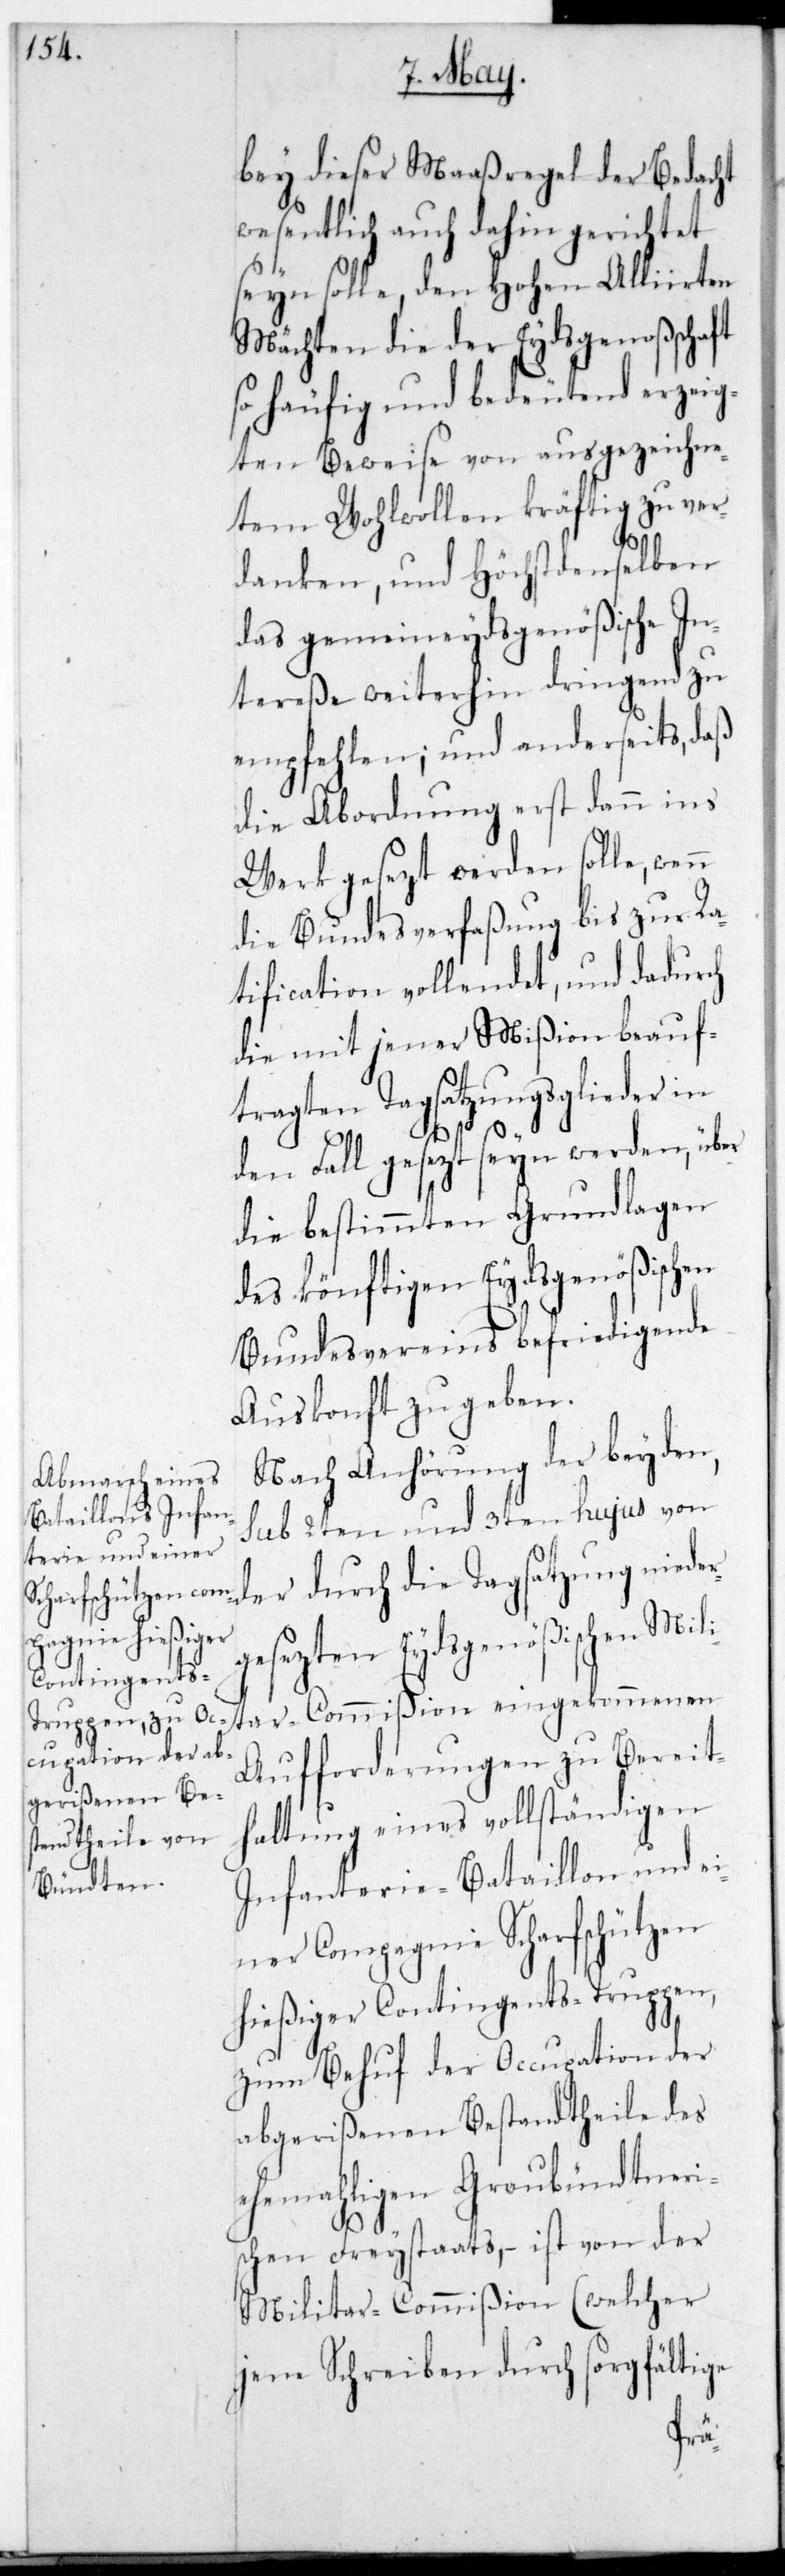
bey dieser Maaßregel der Bedacht
wesentlich auch dahin gerichtet
sein solle, den Hohen Alliirten
Mächten die der Eydsgenoßenschaft
so häufig und bedeutend erzeig¬
ten Beweise von ausgezeichne¬
tem Wohlwollen kräftig zu ver¬
danken, und Höchstdenselben
das gemeineydsgenößische In¬
tereße weiterhin dringend zu
empfehlen; und anderseits daß
die Abordnung erst dann ins
Werk gesezt werden solle, wen¬
die Bundesverfaßung bis zur Ra¬
tification vollendet, und dadurch
die mit jener Mißion beauf¬
tragten Tagsatzungsglieder in
den Fall gesezt sein werden, über
die bestimmten Grundlagen
des könftigen Eydsgenößischen
Bundesvereins befriedigende
Auskonft zu geben.
Nach Anhörung der beyden,
sub 2ten und 3ten hujus von
der durch die Tagsatzung niede¬
gesezten Eydsgenößischen
Aufforderungen zu Bereit¬
haltung eines vollständigen
Infanterie-Bataillon und ei¬
ner Compagnie Scharfschützen
hießiger Contingentstruppen,
zum Behuf der Occupation der
abgerißenen Bestandtheile des
ehemaligen graubündtneri¬
schen Freistaats, – ist von der
Militar-Commißion (welcher
jene Schreiben durch sorgfältige
r¬